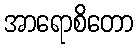
အာရောစိတော